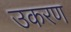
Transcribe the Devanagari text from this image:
उकरण